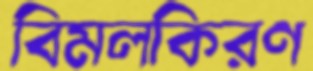
বিমলকিরণ